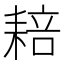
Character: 䎧